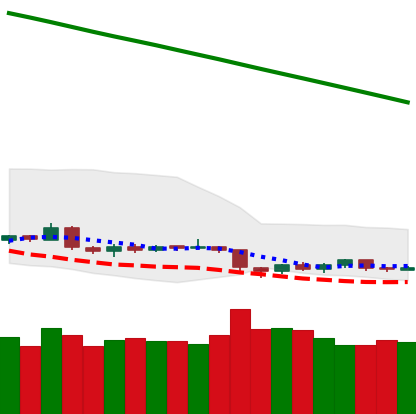
Ticker: BTC-USD
Chart end date: 2019-02-05
Forward return: 6.457%
Label: up_5_7